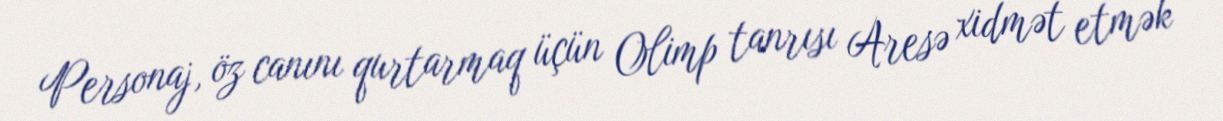
Personaj, öz canını qurtarmaq üçün Olimp tanrısı Aresə xidmət etmək